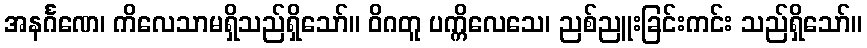
အနင်္ဂဏေ၊ ကိလေသာမရှိသည်ရှိသော်။ ဝိဂတူ ပက္ကိလေသေ၊ ညစ်ညူးခြင်းကင်း သည်ရှိသော်။